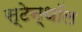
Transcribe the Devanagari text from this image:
स्टेन्थॉल